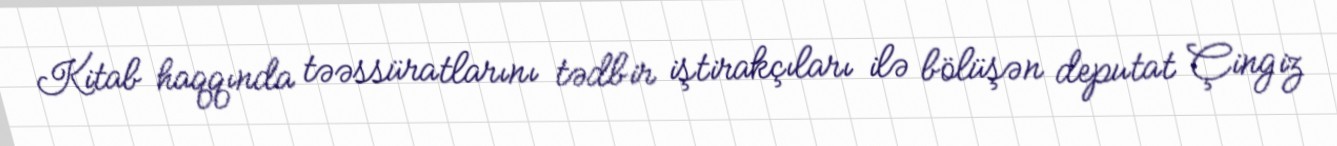
Kitab haqqında təəssüratlarını tədbir iştirakçıları ilə bölüşən deputat Çingiz